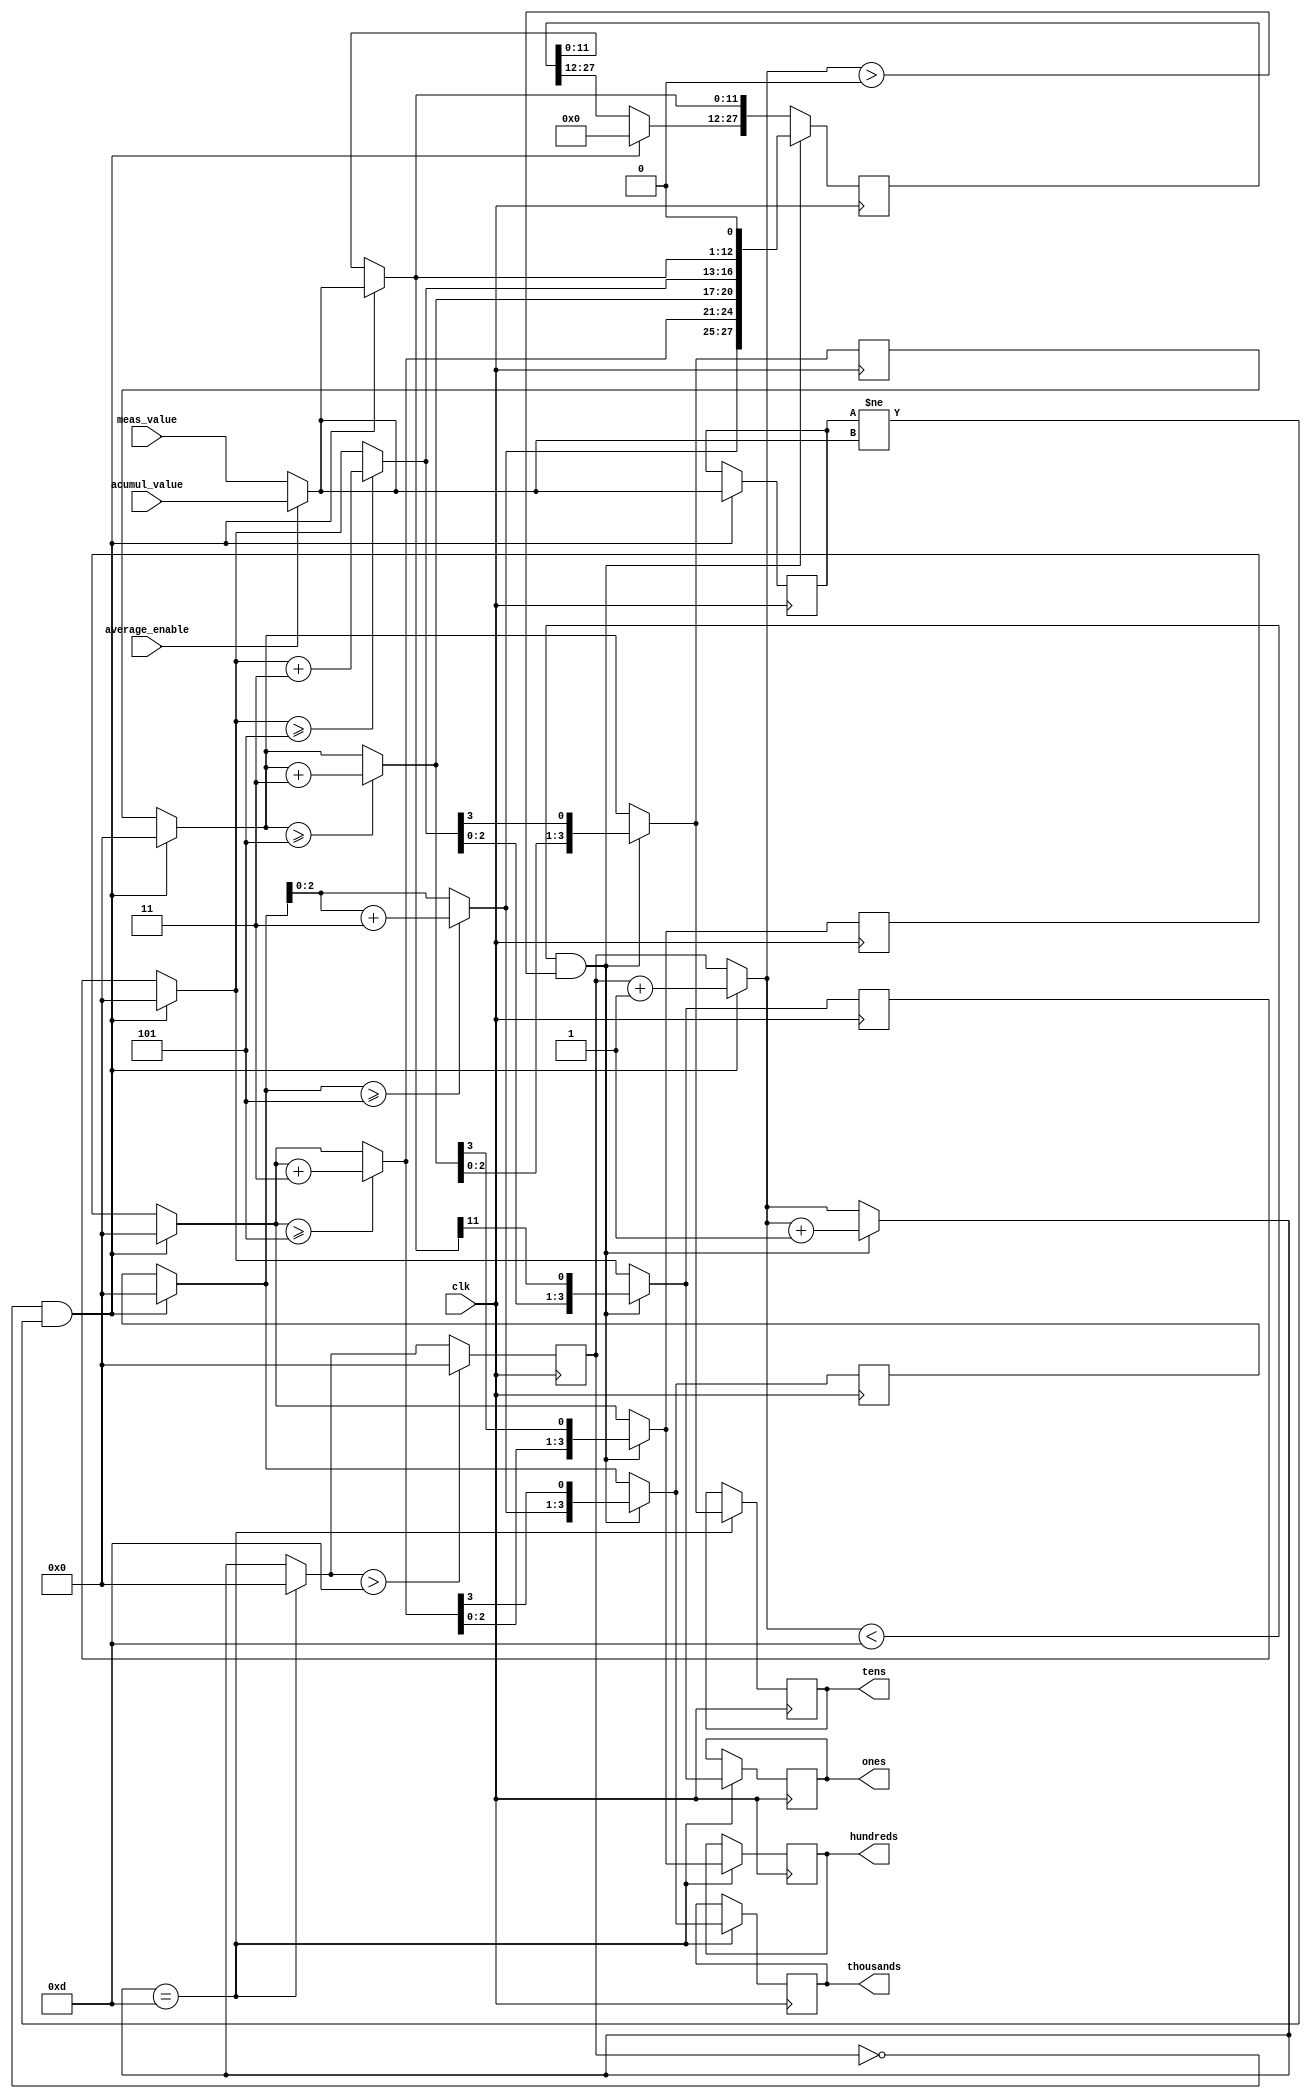
module binary_to_BCD(clk,average_enable,meas_value,acumul_value,ones,tens,hundreds,thousands);

//INPUTS:
input clk;
input average_enable;
input [11:0] meas_value;
input [11:0] acumul_value;
//clk - WIRE FROM (PLL) 
//average_enable - WIRE FROM (AAC) 
//meas_value - BUS OF WIRES FROM (ADC) 
//acumul_value - BUS OF WIRES FROM (AAC) 

//OUTPUTS:
output reg [3:0] ones;
output reg [3:0] tens;
output reg [3:0] hundreds;
output reg [3:0] thousands;
//ones - REGISTER THAT LATCHES THE BCD VALUE OF ONES 
//tens - REGISTER THAT LATCHES THE BCD VALUE OF TENS
//hundreds - REGISTER THAT LATCHES THE BCD VALUE OF HUNDREDS
//thousands - REGISTER THAT LATCHES THE BCD VALUE OF THOUSANDS

//OTHER NETS AND REGISTERS:
reg [3:0] shift_counter;
reg [27:0] shift_register;
reg [3:0] temp_ones;
reg [3:0] temp_tens;
reg [3:0] temp_hundreds;
reg [3:0] temp_thousands;
reg [11:0] old_bit_value;
reg [11:0] bit_value;
//shift_counter - REGISTER THAT COUNTS THE NUMBER OF SHIFTS WHILE DECODING FROM BINARY TO BCD (OPERATION
//						REQUIRES 12 SHIFTS)
//shift_register - REGISTER THAT STORES BOTH THE BINARY VALUE AND THE BCD VALUE DURING DECODING 
//temp_ones - REGISTER THAT STORES THE VALUES [15:12] OF SHIFT REGISTER DURNIG DECODING
//temp_tens - REGISTER THAT STORES THE VALUES [19:16] OF SHIFT REGISTER DURNIG DECODING
//temp_hundreds - REGISTER THAT STORES THE VALUES [23:20] OF SHIFT REGISTER DURNIG DECODING
//temp_thousands - REGISTER THAT STORES THE VALUES [27:24] OF SHIFT REGISTER DURNIG DECODING
//old_bit_value - REGISTER THAT STORES THE BINARY VALUE, USED TO DETECT WHEN ADC MADE NEXT MEASURMENT
//bit_value - REGISTER THAT STORES THE BINARY VALUE, USED IN DECODING 

//////////////////////////////BINARY_TO_BCD/////////////////////////////////////////////////////////////////////////////
initial 
	begin
		bit_value = {12{1'b0}};
		ones = {4{1'b0}};
		tens = {4{1'b0}};
		hundreds = {4{1'b0}};
		thousands = {4{1'b0}};
		shift_counter = {4{1'b0}};
		shift_register = {28{1'b0}};
		temp_ones = {4{1'b0}};
		temp_tens = {4{1'b0}};
		temp_hundreds = {4{1'b0}};
		temp_thousands = {4{1'b0}};
		old_bit_value = {12{1'b0}};
	end
	
always @(posedge clk) 
	begin
		if (average_enable == 1)
			bit_value = acumul_value;
		else
			bit_value = meas_value;

		if (shift_counter == 0 & (old_bit_value != bit_value))
			begin
				shift_register = 28'd0;
				old_bit_value = bit_value;
				shift_register [11:0] = bit_value;
				temp_ones = shift_register [15:12];
				temp_tens = shift_register [19:16];
				temp_hundreds = shift_register [23:20];
				temp_thousands = shift_register [27:24];
				shift_counter = shift_counter + 1'b1;
		end
		if (shift_counter < 13 & shift_counter > 0) 
			begin
				if(temp_ones >= 5)
					temp_ones = temp_ones + 2'b11;
				if(temp_tens >= 5)
					temp_tens = temp_tens + 2'b11;
				if(temp_hundreds >= 5)
					temp_hundreds = temp_hundreds + 2'b11;
				if(temp_thousands >= 5)
					temp_thousands = temp_thousands + 2'b11;
				shift_register [27:12] = {temp_thousands,temp_hundreds,temp_tens,temp_ones};
				shift_register = shift_register << 1;
				temp_ones = shift_register [15:12];
				temp_tens = shift_register [19:16];
				temp_hundreds = shift_register [23:20];
				temp_thousands = shift_register [27:24];
				shift_counter = shift_counter + 1'b1;
		end
		if (shift_counter == 13) 
			begin
				shift_counter = 0;
				ones = temp_ones;
				tens = temp_tens;
				hundreds = temp_hundreds;
				thousands = temp_thousands;
		end
		if (shift_counter > 13)
			shift_counter = 0;

	end
endmodule
////////////////////////////////////////////////////////////////////////////////////////////////////////////////